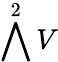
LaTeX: \bigwedge^{2}V